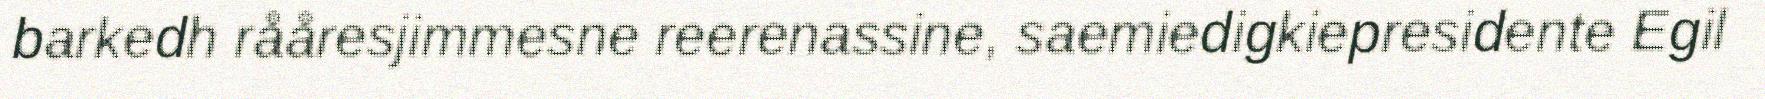
barkedh rååresjimmesne reerenassine, saemiedigkiepresidente Egil